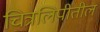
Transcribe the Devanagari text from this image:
चित्रलिपीतील